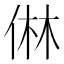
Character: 㑣